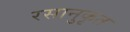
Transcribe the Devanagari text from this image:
रसानुकृत